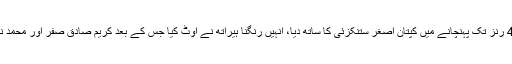
نورعلی نے 20 رنز بنا کر اسکور کو 44 رنز تک پہنچانے میں کپتان اصغر ستنکزئی کا ساتھ دیا، انہیں رنگنا ہیراتھ نے آؤٹ کیا جس کے بعد کریم صادق صفر اور محمد نبی 3 رنز بنا کر پے در پے آؤٹ ہوگئے۔